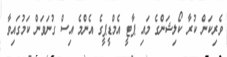
ވެރިކަން ކުރާ ކޯލިޝަންގެ މައި ޕާޓީ އެމްޑީޕީގެ އެންމެ އިސް ގުނަވަން ކަމުގައިވާ